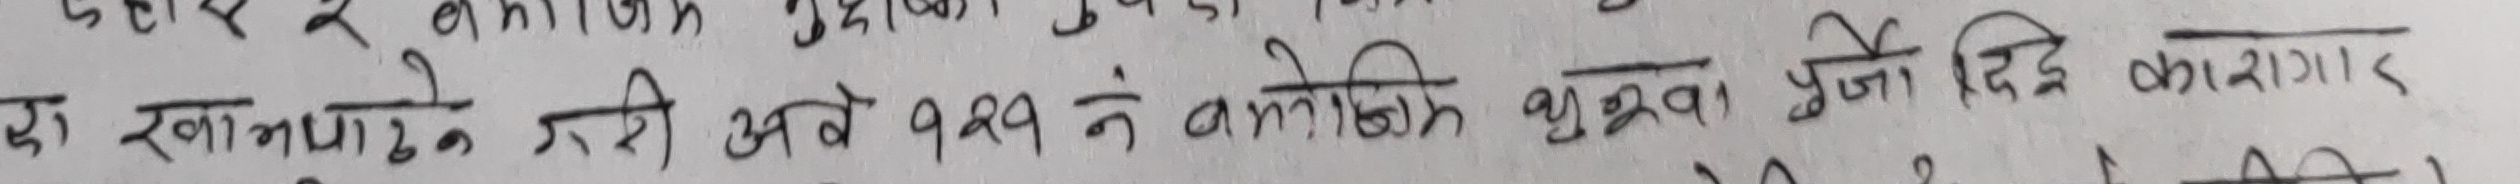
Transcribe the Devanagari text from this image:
एक खानापाटन तरी अबे १२९ ने लोकिक भुरावा पुज दिह कारागार